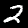
Label: 2